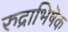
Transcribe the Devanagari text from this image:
रुद्राभिषॆक